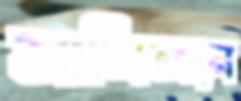
আলিঙ্গনে